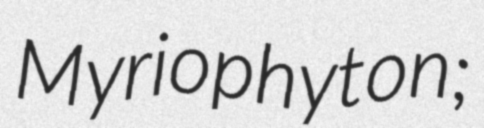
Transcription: Myriophyton;